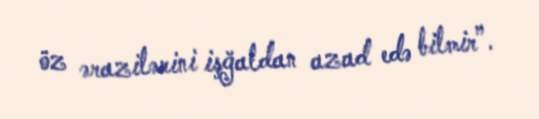
öz ərazilərini işğaldan azad edə bilmir”.